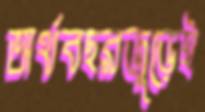
অর্থবছরজুড়েই